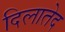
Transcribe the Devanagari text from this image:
दिलातेद